system: You are a helpful assistant.
user:
Analyze the provided spectrum to determine if it is a **S-type Star**.

- **Key Indicators for S-type Star:**

    - **(Overall Spectrum Shape):** The first and most obvious characteristic is the overall continuum (the "baseline" shape). It is **extremely "red-sloping,"** meaning the flux (light intensity) is very low on the left side (blue, ~4000-4500 Å) and rises steeply and continuously toward the right side (red, ~7000 Å+).

    - **(Primary):** The spectrum is defined by the presence of strong, broad molecular absorption "valleys" (bands) from **Zirconium Oxide (ZrO)**. The identification of these bands is the **primary requirement** for classifying a star as S-type.
        - **(Key Bandheads):** You must find distinct, deep "dips" where the light has been absorbed. The most critical band systems to locate are:
            - **~6474 Å** ($\gamma$-system): This is often the strongest and clearest ZrO feature, found in the red part of the spectrum.
            - **~5718 Å** & **~5551 Å** ($\beta$-system): A pair of prominent absorption features in the yellow-orange part of the spectrum.
            - **~4640 Å** ($\alpha$-system): A key absorption band system in the blue-green region of the spectrum.

    - **(Secondary Confirmation):** The classification is strengthened by finding additional absorption bands from other related heavy element oxides, which are expected to be present alongside ZrO.
        - **(Key Bandheads):**
            - **Yttrium Oxide (YO):** Look for absorption dips near **~4800 Å** and **~6100 Å**.
            - **Lanthanum Oxide (LaO):** Additional absorption features, particularly in the red-orange part of the spectrum, are also characteristic.

    - **(Line Profile):** The combination of the steep red continuum and these numerous, deep molecular bands (ZrO, YO, etc.) gives the entire spectrum a very **"chopped-up"** or **"bumpy"** appearance. Instead of a smooth curve, the spectrum looks as though large, wide chunks of light have been "carved out" of it at the specific wavelengths listed above.

Think first, call **spectral_visualization_tool** if needed to examine features in detail, then provide your final answer. Your response must adhere to the following strict rules:
1.  **Overall Structure:** Your response must follow the format `<think>...</think> <tool_call>...</tool_call> (if a tool is used) <answer>...</answer>`.
2.  **Tool Usage Constraint:** You may only make **one** tool call per turn.
3.  **Final Answer Format:** In the `<answer>` tag, your conclusion must be inside a `\boxed{}` command (e.g., `\boxed{YES}` or `\boxed{NO}`), followed by your justification.

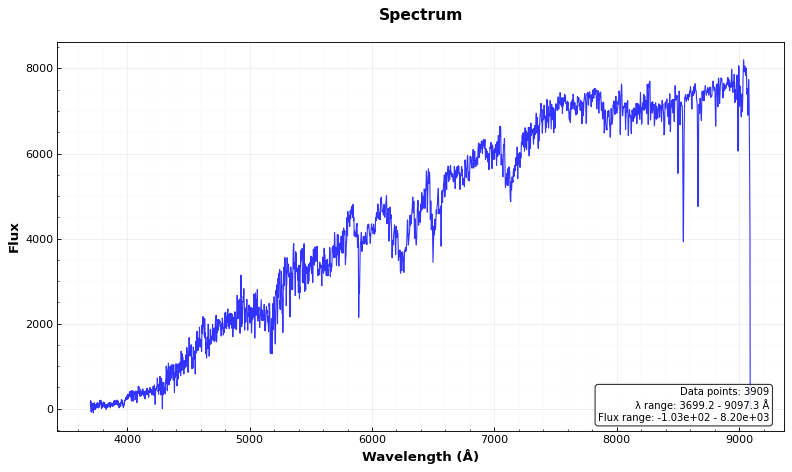
Answer: YES